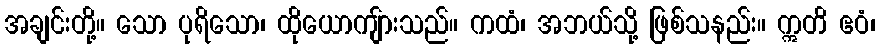
အချင်းတို့။ သော ပုရိသော၊ ထိုယောကျ်ားသည်။ ကထံ၊ အဘယ်သို့ ဖြစ်သနည်း။ ဣတိ ဧဝံ၊